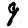
Digit: 9